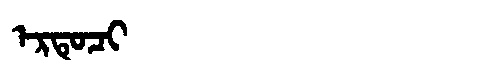
Manchu: ᡝᡵᡨᡠᠴᡳ
Romanization: ERTUCI